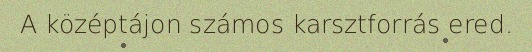
A középtájon számos karsztforrás ered.